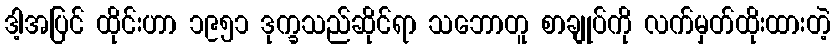
ဒါ့အပြင် ထိုင်းဟာ ၁၉၅၁ ဒုက္ခသည်ဆိုင်ရာ သဘောတူ စာချုပ်ကို လက်မှတ်ထိုးထားတဲ့